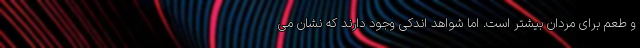
و طعم برای مردان بیشتر است. اما شواهد اندکی وجود دارند که نشان می